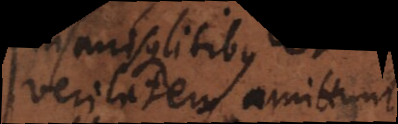
Veritatem amittunt